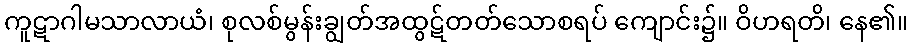
ကူဋာဂါမသာလာယံ၊ စုလစ်မွန်းချွတ်အထွဋ်တတ်သောစရပ် ကျောင်း၌။ ဝိဟရတိ၊ နေ၏။